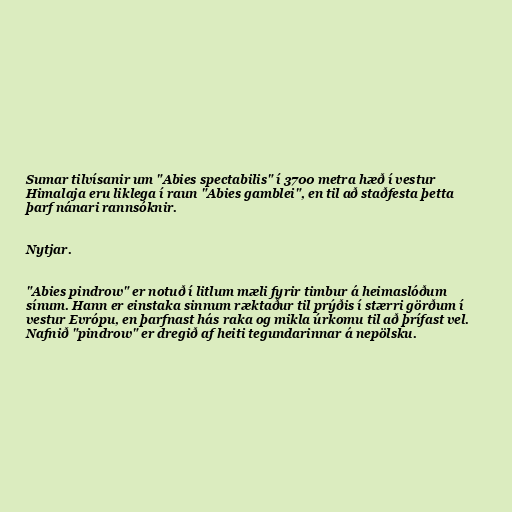
Sumar tilvísanir um "Abies spectabilis" í 3700 metra hæð í vestur
Himalaja eru liklega í raun "Abies gamblei", en til að staðfesta þetta
þarf nánari rannsóknir.

Nytjar.

"Abies pindrow" er notuð í litlum mæli fyrir timbur á heimaslóðum
sínum. Hann er einstaka sinnum ræktaður til prýðis í stærri görðum í
vestur Evrópu, en þarfnast hás raka og mikla úrkomu til að þrífast vel.
Nafnið "pindrow" er dregið af heiti tegundarinnar á nepölsku.